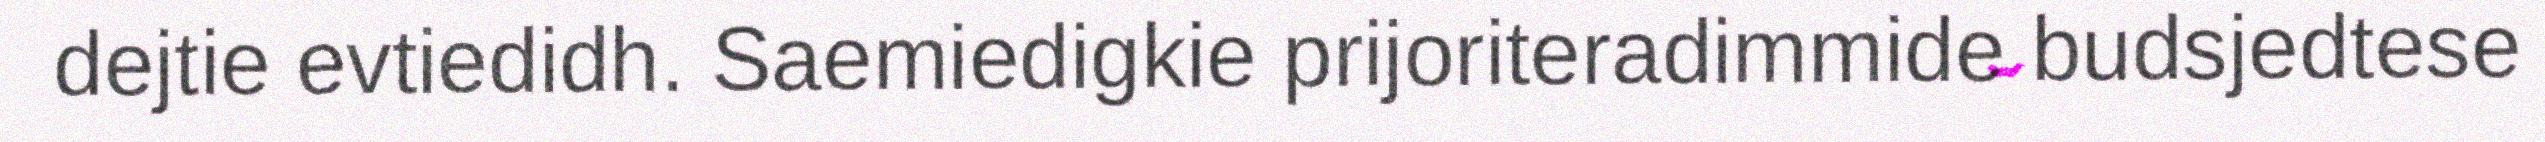
dejtie evtiedidh. Saemiedigkie prijoriteradimmide budsjedtese